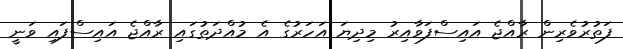
ފަތުރުވެރިން ރާއްޖެ އައިސްފަވާއިރު މިދިޔަ އަހަރުގެ އެ މުއްދަތުގައި ރާއްޖެ އައިސްފައި ވަނީ